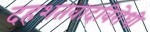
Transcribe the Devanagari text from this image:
दहशतवादविरोधी